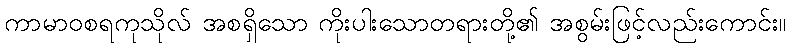
ကာမာဝစရကုသိုလ် အစရှိသော ကိုးပါးသောတရားတို့၏ အစွမ်းဖြင့်လည်းကောင်း။